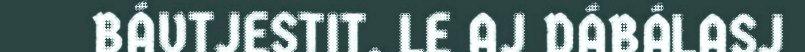
BÁVTJESTIT. LE AJ DÁBÁLASJ